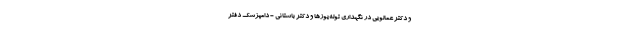
و دکتر عمالویی در نگهداری توله‌یوزها و دکتر باستانی - دامپزشک دفتر